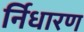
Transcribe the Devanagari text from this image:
र्निधारण